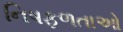
નિષફળતાઓ